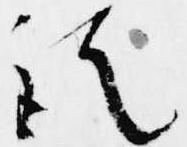
訖